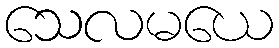
သေလမယေ